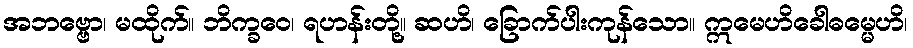
အဘဗ္ဗော၊ မထိုက်။ ဘိက္ခဝေ၊ ရဟန်းတို့။ ဆဟိ၊ ခြောက်ပါးကုန်သော။ ဣမေဟိခေါဓမ္မေဟိ၊